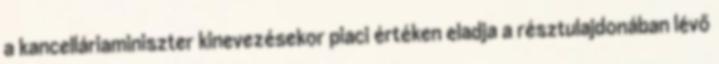
a kancelláriaminiszter kinevezésekor piaci értéken eladja a résztulajdonában lévő